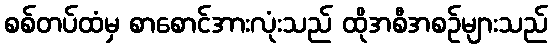
စစ်တပ်ထံမှ စာစောင်အားလုံးသည် ထိုအစီအစဉ်များသည်